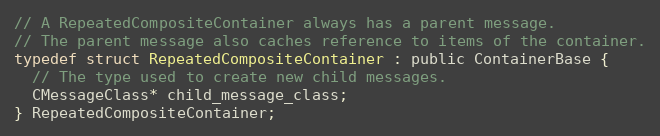
Language: C
// A RepeatedCompositeContainer always has a parent message.
// The parent message also caches reference to items of the container.
typedef struct RepeatedCompositeContainer : public ContainerBase {
  // The type used to create new child messages.
  CMessageClass* child_message_class;
} RepeatedCompositeContainer;